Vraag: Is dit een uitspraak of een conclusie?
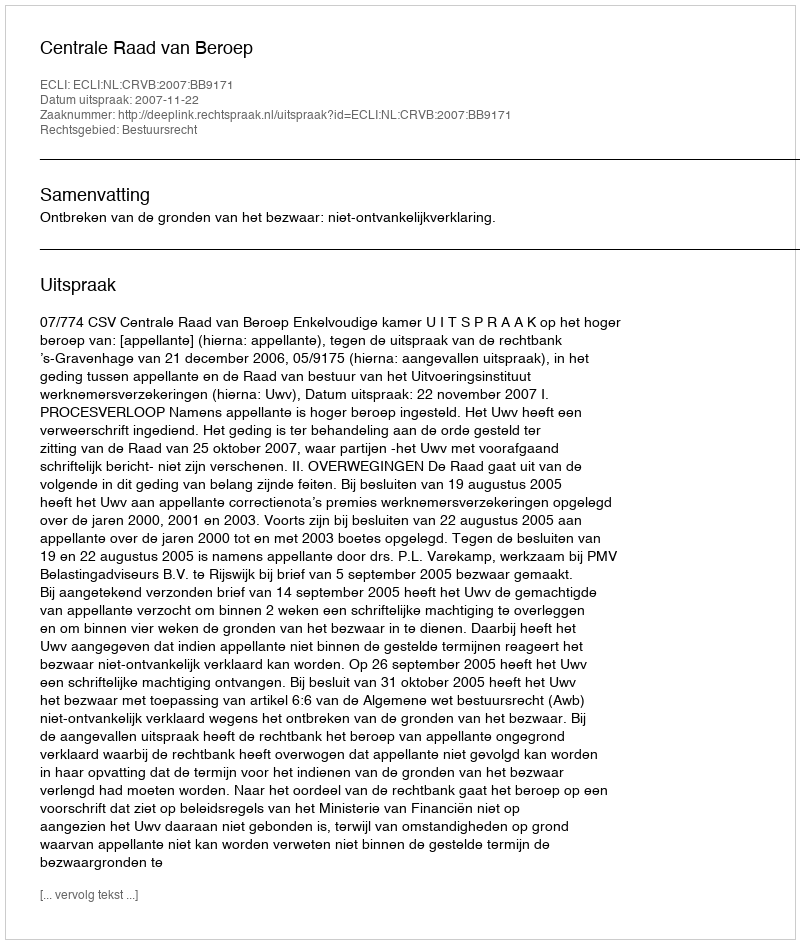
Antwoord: Uitspraak